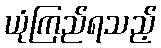
ယုံကြည်ရသည့်